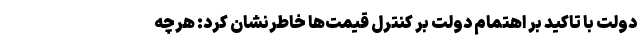
دولت با تاکید بر اهتمام دولت بر کنترل قیمت‌ها خاطرنشان کرد: هرچه